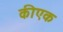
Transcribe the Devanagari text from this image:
कीएक